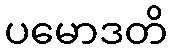
ပမောဒတိ